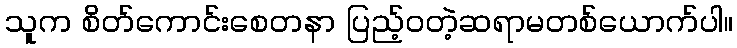
သူက စိတ်ကောင်းစေတနာ ပြည့်ဝတဲ့ဆရာမတစ်ယောက်ပါ။